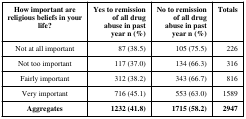
<table><thead><tr><td><b>How important arereligious beliefs in yourlife?</b></td><td><b>Yes to remissionof all drugabuse in pastyear n (%)</b></td><td><b>No to remissionof all drugabuse in pastyear n (%)</b></td><td><b>Totals</b></td></tr></thead><tbody><tr><td>Not at all important</td><td>87 (38.5)</td><td>105 (75.5)</td><td>226</td></tr><tr><td>Not too important</td><td>117 (37.0)</td><td>134 (66.3)</td><td>316</td></tr><tr><td>Fairly important</td><td>312 (38.2)</td><td>343 (66.7)</td><td>816</td></tr><tr><td>Very important</td><td>716 (45.1)</td><td>553 (63.0)</td><td>1589</td></tr><tr><td><b>Aggregates</b></td><td><b>1232 (41.8)</b></td><td><b>1715 (58.2)</b></td><td><b>2947</b></td></tr></tbody></table>